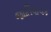
જાતિવાચક